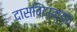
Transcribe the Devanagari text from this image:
दासविदान्या